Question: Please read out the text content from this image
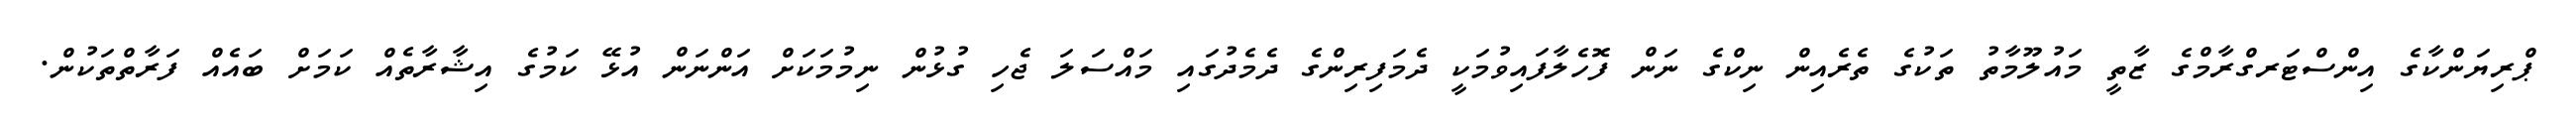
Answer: ޕްރިޔަންކާގެ އިންސްޓަރގްރާމްގެ ޒާތީ މައުލޫމާތު ތަކުގެ ތެރެއިން ނިކްގެ ނަން ފޮހެލާފައިވުމަކީ ދެމަފިރިންގެ ދެމެދުގައި މައްސަލަ ޖެހި ގުޅުން ނިމުމަކަށް އަންނަން އުޅޭ ކަމުގެ އިޝާރާތެއް ކަމަށް ބައެއް ފަރާތްތަކުން.